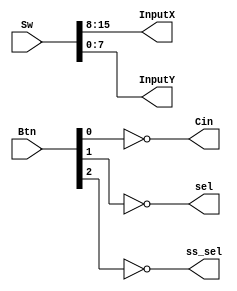
`timescale 1ns / 1ps
//////////////////////////////////////////////////////////////////////////////////
// Company: 
// Engineer: 
// 
// Design Name: 
// Module Name: InputRead
// Project Name: 
// Target Devices: 
// Tool Versions: 
// Description: 
// 
// Dependencies: 
// 
// Revision:
// Revision 0.01 - File Created
// Additional Comments:
// 
//////////////////////////////////////////////////////////////////////////////////


module InputRead(Sw, Btn, InputX, InputY, Cin, sel, ss_sel);
    input [15:0] Sw;
    input [2:0] Btn;
    output [7:0] InputX;
    output [7:0] InputY;
    output Cin;
    output sel;
    output ss_sel;
    
    
    assign InputX[7:0] = Sw[15:8];
           
    assign InputY[7:0] = Sw[7:0];
           
    not(Cin, Btn[0]);
    not(sel, Btn[1]);
    not(ss_sel, Btn[2]);
    
endmodule